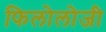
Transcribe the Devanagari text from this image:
फिलोलोजी